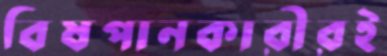
বিষপানকারীরই